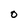
Character: O